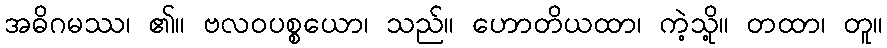
အဓိဂမဿ၊ ၏။ ဗလဝပစ္စယော၊ သည်။ ဟောတိယထာ၊ ကဲ့သို့။ တထာ၊ တူ။